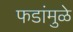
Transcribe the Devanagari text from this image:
फडांमुळे